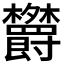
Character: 𬅕